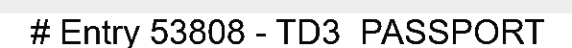
# Entry 53808 - TD3_PASSPORT